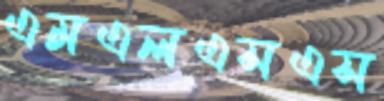
এমএলএসএস